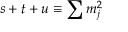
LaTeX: s + t + u \equiv \sum m _ { j } ^ { 2 }